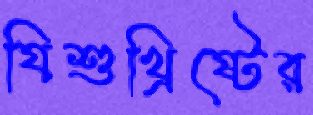
যিশুখ্রিষ্টের